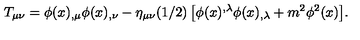
T _ { \mu \nu } = \phi ( x ) _ { , \mu } \phi ( x ) _ { , \nu } - \eta _ { \mu \nu } ( 1 / 2 ) \left[ \phi ( x ) ^ { , \lambda } \phi ( x ) _ { , \lambda } + m ^ { 2 } \phi ^ { 2 } ( x ) \right] \! .